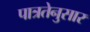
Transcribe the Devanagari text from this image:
पात्रतेनुसार